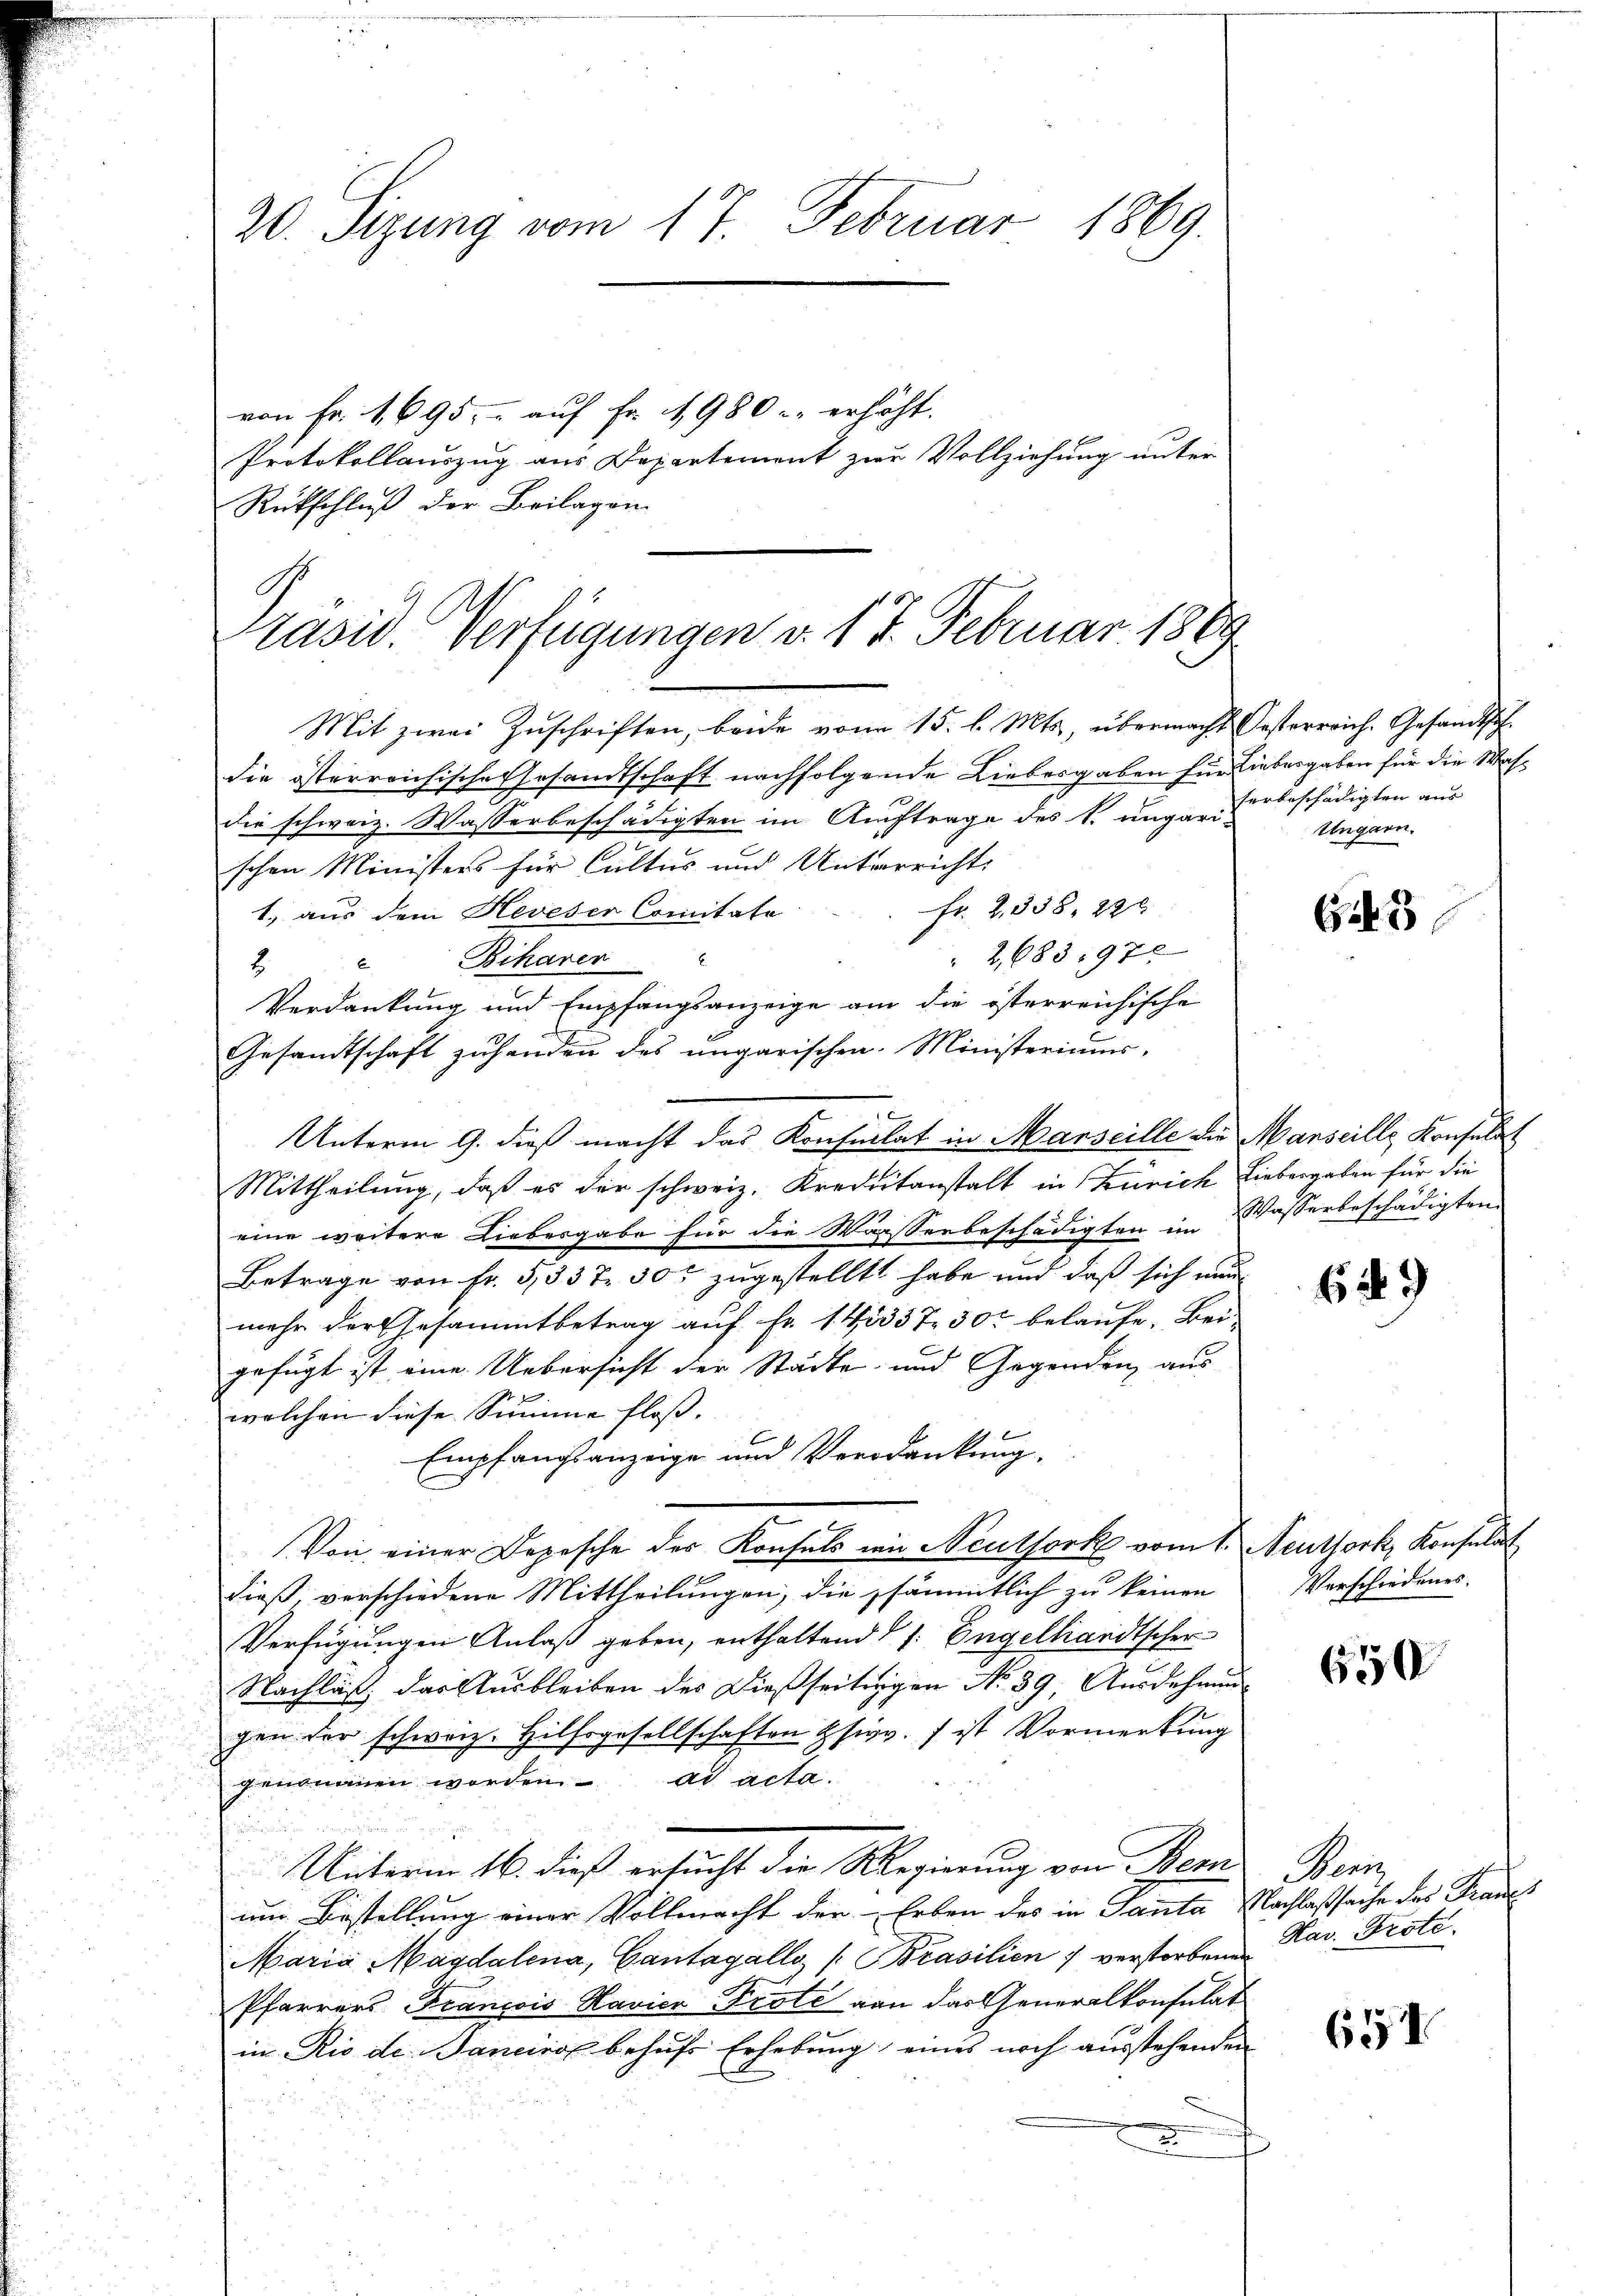
20. Sizung vom 17. Februar 1869.
von Fr. 1695, - auf Fr. 1980 u. erhöht.
Protokollauszug aus Departement zur Vollziehung unter
Rückschluß der Beilagen

G
asid. Verfügungen v. 17. Februar 1869

Mit zwei Zuschriften, beide vom 15. l. Mts, übermacht Oesterreich. Gesandtsch
die österreichisches Gesandtschaft nachfolgende Liebesgaben für Liebesgaben für die Wahdie schweiz. Wasserbeschädigten im Auftrage des k. ungari-
schen Ministers für Cultus und Unterricht
Fr. 2338, 22 x
1., aus dem Heveser Comitate
2,683,972
 Biharen
Verdankung und Empfangsanzeige am die österreichische
Gesandtschaft zuhanden des ungarischen Ministeriums,
Unterm 9. dieß macht das Konsulat in Manseille die Manseille Konsulat
Mittheilung, daß es der schweiz. Kreditanstalt in Zürich Liebergaben für die
eine weitere Liebesgabe für die Wasserbeschädigten im Wasserbeschädigten
Betrage von Fr. 5,337 30t zugestellt habe und daß sich nun
mehr der Gesammtbetrag auf Fr. 145337 30 belaufe. Bei-
gefügt ist eine Uebersicht der Städte und Gegenden, aus
welchen diese Summe floß.
Empfangsanzeige und Verdankung.
Von einer Depesche des Konsuls wie Neutfork vom 1. Neuthork, Konsulat
dieß verschiedene Mittheilungen, die sämmtlich zu keinen
Verfügungen Anlaß geben, enthaltend d 1. Engellandtscher
Nachlaß das Ausbleiben des dießseitigen No 39, Ausdehnung
gen der schweiz. Hilfsgesellschaften Esiv. ) ist Vormerkung
genommen worden ad acta.
Unterm 16. dieß ersucht die Regierung von Bern
um Bestellung einer Vollmacht der Erben des in Panta Nachlaßsache des Francs
Maria Magdalena, Cantagalle (Brasilien 7 verstorbenen
Pfarrers Francois Havice Prote von das Generalkonsulat
in Rio de. Janeiro behufs Erhebung eines noch ausstehenden
.

herbeschädigten aus
Ungarn.

G. 3

629

Verschiedenes.

650

Wenn
Har. Prote.

651.